Indian Medical Review
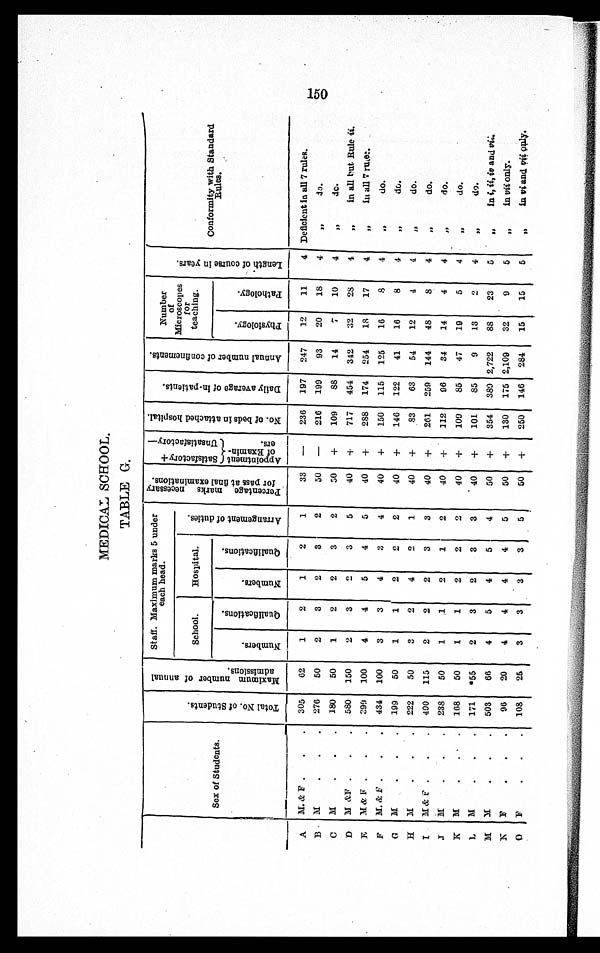
MEDICAL SCHOOL.
TABLE G.
Sex of Students.
T o t a l N o . o f S t u d e n t s .
M a x i m u m n u m e r o f a n n u a l a d m i s s i o n s .
Staff. Maximum marks 5 under
each head.
P e r c e n t a g e m a r k s n e c e s s a r y f o r p a s s a t f i n a l e x a m i n a t i o n s .
S a t i s f a c t o r y +
U n s a t i s f a c t o r y -
N o . o f b e d s i n a t t a c h e d h o s p i t a l .
D a i l y a v e r a g e o f i n - p a t i e n t s .
A n n u a l n u m b e r o f c o n f i n e m e n t s .
N u m b e r o f M i c r o s c o p e s f o r t e a c h i n g .
L e n g t h o f c o u r s e i n y e a r s .
Conformity with Standard Rules.
School.
Hospital.
A r r a n g e m e n t o f d u t i e s .
P h y s i o l o g y . P a t h o l o g y .
N u m b e r s .
Q u a l i f i c a t i o n s .
N u m b e r s .
Q u a l i f i c a t i o n s .
A p p o i n t m e n t o f E x a m i n - a r s .
A M. & F
305
62
1
2
1
2
1
33 —
236 197 247
12
11
4 Deficient in all 7 rules.
276
50
2
3
2
3
2
50 —
216 199
93
20
18
4
„
d c .
B
M
180
50
1
2
2
3
2
50 +
109
88
14
7
10
4
, ,
dc.
C M
580 150
2
3
2
3
5
40 +
717 454 342
32
28
4
, , in all but Rule ii.
D M &F
3 9 9 100
4
4
5
4
5
40 +
2S8 174 254
18
17
4
, , in all 7 ruler.
E
M & F
434 100
3
3
4
3
4
40
+
150 115 125
16
8
4
, ,
do.
F M & F
199
50
1
1
2
2
2
40 +
146 122
41
16
8
4
,,
do.
G
M
222
50
3
2
4
2
1
40 +
83
63
54
12
4
4
, ,
do.
H M
490 115
2
2
2
3
3
40 +
261 259 144
48
8
4
, ,
do.
I M & F
238
50
1
1
2
1
2
40
+ 112
96
34
14
4
4
,,
do.
J M
168
50
1
1
2
2
2
40 +
109
85
47
19
5
4
,,
do.
K
M
171 *55
2
3
2
3
3
. 40 +
101
85
9
13
2
4
,,
do.
L
M
503
66
4
5
4
5
4
50 +
354 389 2,722
88
23
5 ,,
In i, ii, iv and vii.
M M
96
20
4
4
4
4
5
50 +
130 175 2,109
32
9
5
,,
in vii only.
N F
108
25
3
3
3
3
5
50 +
250 146 284 15
15
5
, , in vi and vii only.
O
F
150